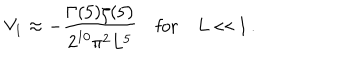
V _ { 1 } \approx - \frac { \Gamma ( 5 ) \zeta ( 5 ) } { 2 ^ { 1 0 } \pi ^ { 2 } L ^ { 5 } } \quad \mathrm { f o r } \quad L \ll 1 \, .